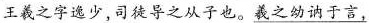
王羲之字逸少，司徒导之从子也。\underline{羲之站讷于言，}